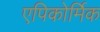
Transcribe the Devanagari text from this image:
एपिकोर्मिक